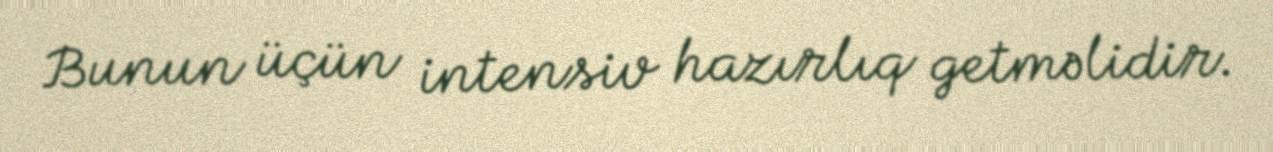
Bunun üçün intensiv hazırlıq getməlidir.